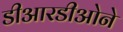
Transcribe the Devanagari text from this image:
डीआरडीओने